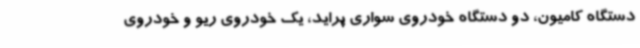
دستگاه کامیون، دو دستگاه خودروی سواری پراید، یک خودروی ریو و خودروی